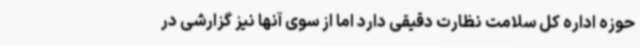
حوزه اداره کل سلامت نظارت دقیقی دارد اما از سوی آنها نیز گزارشی در